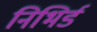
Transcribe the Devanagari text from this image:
निभिर्ड